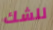
للشك